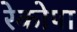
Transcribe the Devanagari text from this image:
रेकोपा